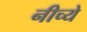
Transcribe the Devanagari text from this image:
नीच्ये